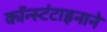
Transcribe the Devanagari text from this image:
कॉन्स्टंटाइनाने